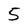
Character: 5